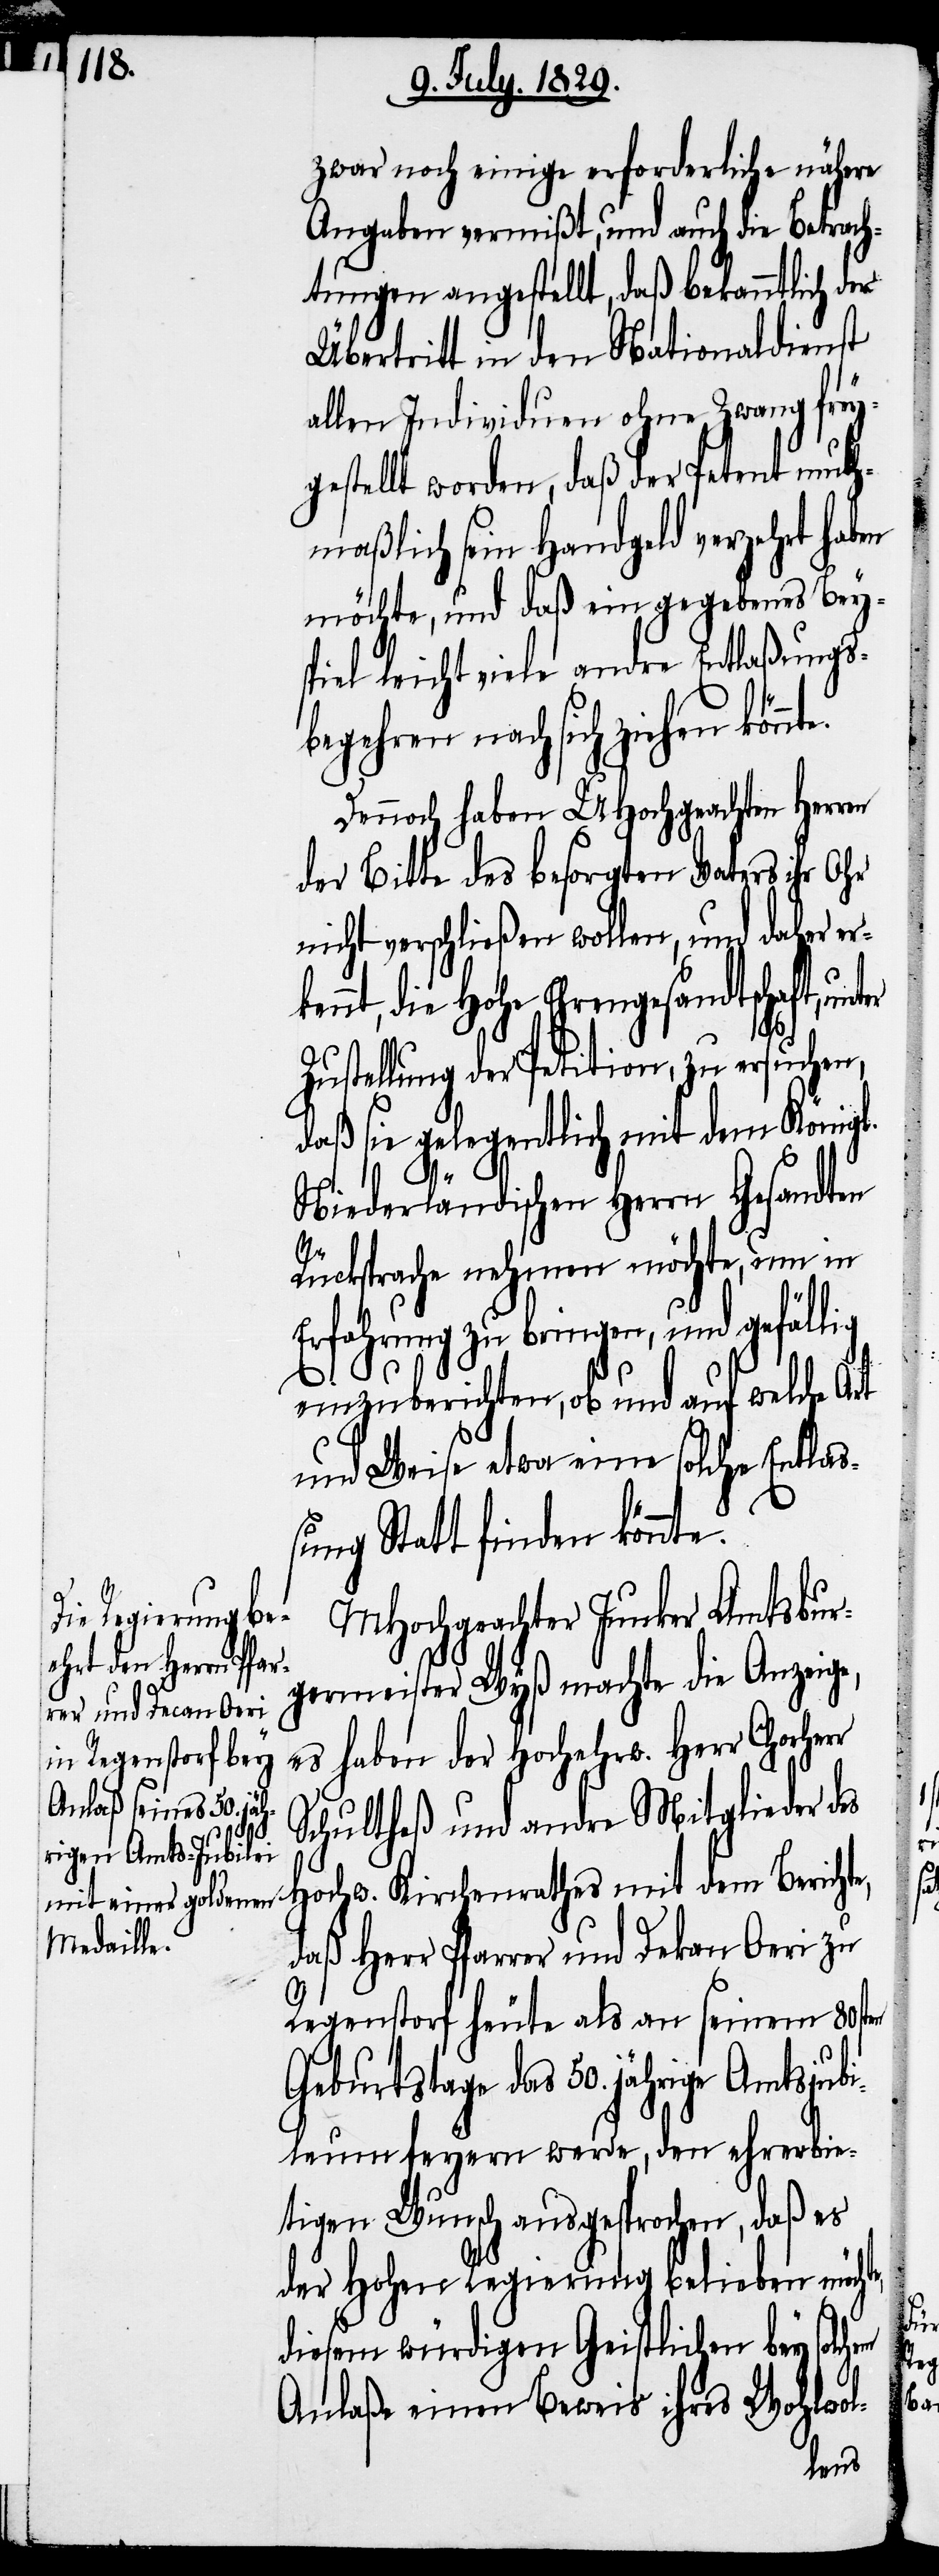
zwar noch einige erforderliche nähere
Angaben vermißt, und auch die Betrach¬
tungen angestellt, daß bekanntlich der
Übertritt in den Nationaldienst
allen Individuen ohne Zwang frey¬
gestellt worden, daß der Petent muth¬
maßlich sein Handgeld verzehrt haben
möchte, und daß ein gegebenes Bey¬
spiel leicht viele andere Entlaßungs¬
begehren nach sich ziehen
Dennoch haben UHochgeachten Herren
der Bitte des besorgten Vaters ihr Ohr
icht verschließen wollen, und daher
kennt, die Hohe Ehrengesandtschaft, un¬
Zustellung der Petition, zu ersuchen,
daß sie gelegentlich mit dem Königl.
Niederländischen Herrn Gesandten
Rücksprache nehmen möchte, um in
Erfahrung zu bringen, und gefällig
einzuberichten, ob und auf welche Art
und Weise etwa eine solche Entla¬
ßung Statt finden könnte.
MHochgeachter Junker Amtsbur¬
germeister Wyß machte die Anzeige,
es haben der Hochehrw. Herr Chorhe¬
Schultheß und andre Mitglieder des
Hochw. Kirchenrathes mit dem Berichte,
daß Herr Pfarrer und Dekan Oeri zu
Regenstorf heute als an seinem 80sten
Geburtstage das 50. jährige Amtsjubi¬
leum feyern werde, den ehrerbie¬
tigen Wunsch ausgesprochen, daß es
der Hohen Regierung belieben möch¬
diesem würdigen Geistlichen bey solch¬
Anlaße einen Beweis ihres Wohlwol-

em
te,